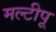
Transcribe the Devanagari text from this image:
मल्टीपू